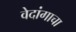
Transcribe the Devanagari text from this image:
वेदांगाचा